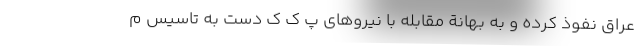
عراق نفوذ کرده و به بهانة مقابله با نیرو‌های پ ک ک دست به تاسیس م